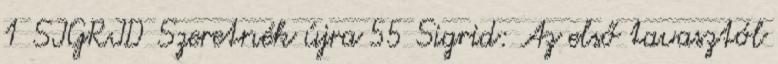
1 SIGRID Szeretnék újra 55 Sigrid: Az első tavasztól